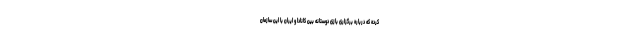
کرده که درباره برگزاری بازی دوستانه بین کانادا و ایران با این سازمان